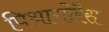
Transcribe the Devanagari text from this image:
पिथागोरैस